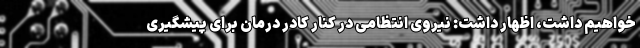
خواهیم داشت، اظهار داشت: نیروی انتظامی در کنار کادر درمان برای پیشگیری